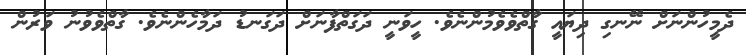
ދެމީހުންނަށް ނޭނގި ދިޔައީ ގާތްވެވެމުންނެވެ. ހީވަނީ ދަގަތްފާނަށް ދަގަނޑު ދަމާހެންނެވެ. ގާތްވެވުނު ވަރުން